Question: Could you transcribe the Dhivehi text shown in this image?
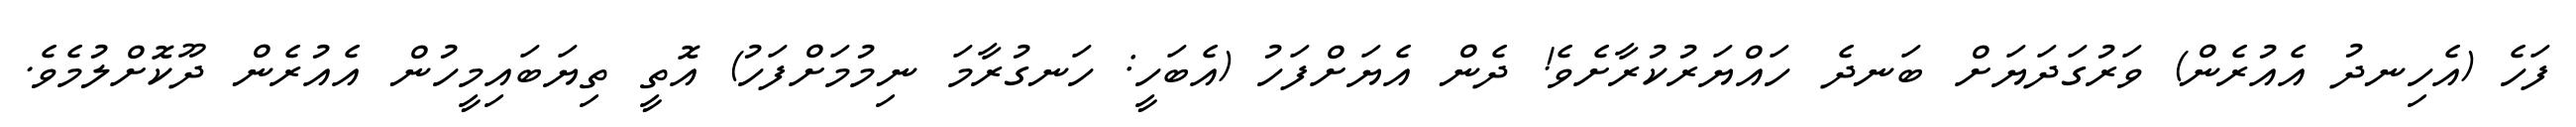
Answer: ފަހެ (އެހިނދު އެއުރެން) ވަރުގަދަޔަށް ބަނދެ ހައްޔަރުކުރާށެވެ! ދެން އެޔަށްފަހު (އެބަހީ: ހަނގުރާމަ ނިމުމަށްފަހު) އޮތީ ތިޔަބައިމީހުން އެއުރެން ދޫކޮށްލުމެވެ.